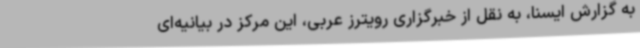
به گزارش ایسنا، به نقل از خبرگزاری رویترز عربی، این مرکز در بیانیه‌ای